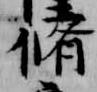
脩